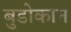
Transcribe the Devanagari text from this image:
बुडोकान